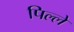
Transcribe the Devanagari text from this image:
पिल्‍ले